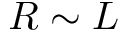
R \sim L